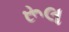
રૂલ